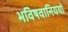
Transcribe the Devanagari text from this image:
भविषवानिययो